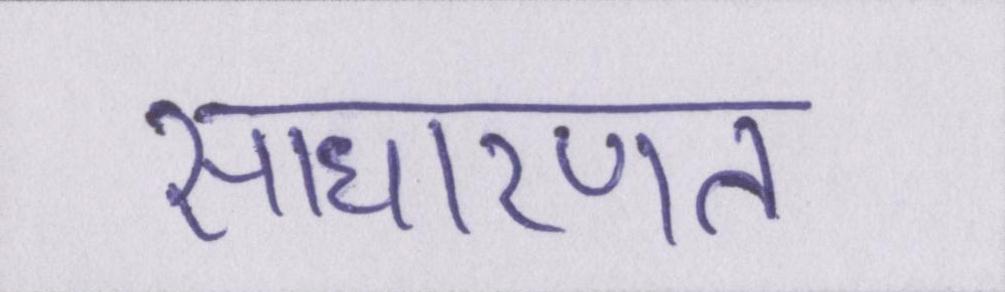
साधारणत